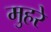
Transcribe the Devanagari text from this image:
मुहरे